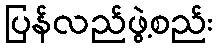
ပြန်လည်ဖွဲ့စည်း